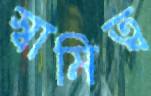
স্বামিত্ব